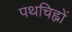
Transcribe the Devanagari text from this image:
पथचिह्नों